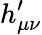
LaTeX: h_{\mu\nu}^{\prime}